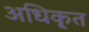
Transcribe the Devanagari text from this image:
अधिकृ्त